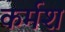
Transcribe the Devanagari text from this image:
कर्मश